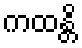
ကထန္တိ